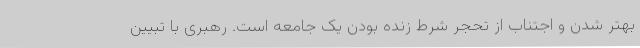
بهتر شدن و اجتناب از تحجر شرط زنده بودن یک جامعه است‌. رهبری با تبیین